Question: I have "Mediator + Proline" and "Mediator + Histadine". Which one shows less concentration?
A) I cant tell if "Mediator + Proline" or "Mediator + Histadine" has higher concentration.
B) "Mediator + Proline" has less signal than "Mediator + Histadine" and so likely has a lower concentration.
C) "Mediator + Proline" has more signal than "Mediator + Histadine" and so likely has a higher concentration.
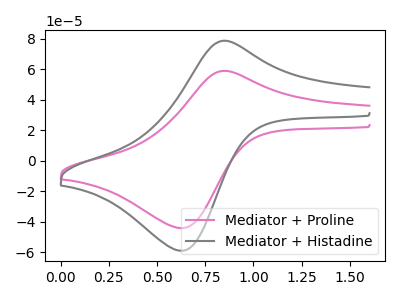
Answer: <think>The pink curve "Mediator + Proline" has an anodic peak at (0.85V, 58.85uA) and a cathodic peak at (0.65V, -44.20uA). The gray curve "Mediator + Histadine" has an anodic peak at (0.85V, 78.55uA) and a cathodic peak at (0.65V, -59.00uA).
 All the peaks in "Mediator + Proline" have a peak in "Mediator + Histadine" at the same potential. Every peak in "Mediator + Proline" is lower than every peak in "Mediator + Histadine".</think>
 <answer>B) "Mediator + Proline" has less signal than "Mediator + Histadine" and so likely has a lower concentration.</answer>
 <eval>B</eval>